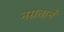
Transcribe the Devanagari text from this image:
नम्रताने